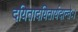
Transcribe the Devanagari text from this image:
दयितादयितार्यदान्तेः।